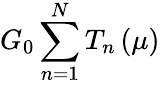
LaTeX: G_{0}\sum_{n=1}^{N}T_{n}\left(\mu\right)